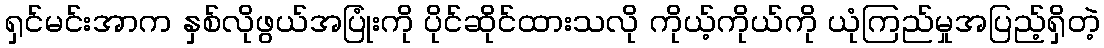
ရှင်မင်းအာက နှစ်လိုဖွယ်အပြုံးကို ပိုင်ဆိုင်ထားသလို ကိုယ့်ကိုယ်ကို ယုံကြည်မှုအပြည့်ရှိတဲ့